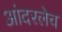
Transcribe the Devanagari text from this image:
आंदरलेच